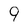
Character: 9